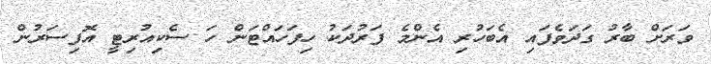
ވަރަށް ބާރު ގަދަވެފައި އެބަހުރި އެންމެ ފަރުދަކު ހިފަހައްޓަން ހަ ސެކިއުރިޓީ އޮފިސަރުން